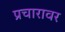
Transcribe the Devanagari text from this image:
प्रचारावर